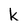
Character: k